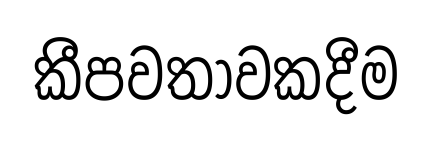
කීපවතාවකදීම